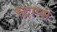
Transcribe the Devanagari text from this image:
स्ट्राप्स